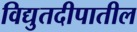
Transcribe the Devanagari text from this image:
विद्युतदीपातील